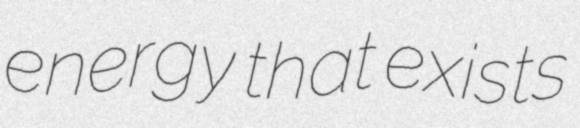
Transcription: energy that exists